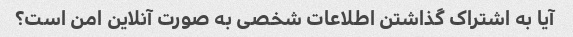
آیا به اشتراک گذاشتن اطلاعات شخصی به صورت آنلاین امن است؟